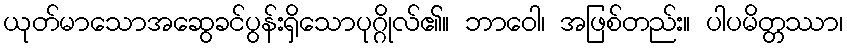
ယုတ်မာသောအဆွေခင်ပွန်းရှိသောပုဂ္ဂိုလ်၏။ ဘာဝေါ၊ အဖြစ်တည်း။ ပါပမိတ္တဿာ၊